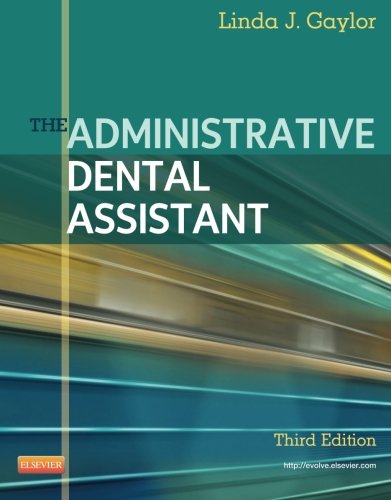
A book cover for The Administrative Dental Assistant, 3e; Linda J Gaylor RDA  BPA  MEd; Medical Books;